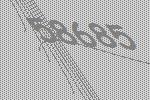
58685